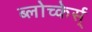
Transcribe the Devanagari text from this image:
ब्लोच्केर्स्